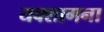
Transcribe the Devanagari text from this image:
यक्शागना